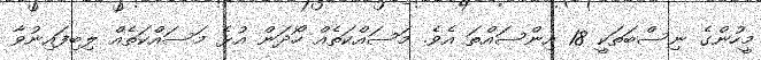
މީހުންގެ ނިސްބަތަކީ 18 އިންސައްތަ އެވެ. މަސައްކަތެއް ހޯދަން އުޅެ މަސައްކަތެއް ލިބިފައިނުވާ